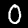
Digit: 0